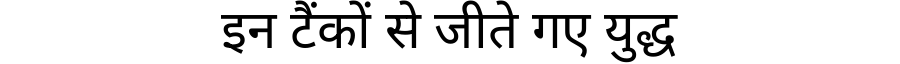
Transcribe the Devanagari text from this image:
इन टैंकों से जीते गए युद्ध